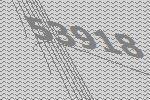
53918